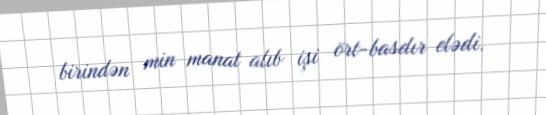
birindən min manat alıb işi ört-basdır elədi.